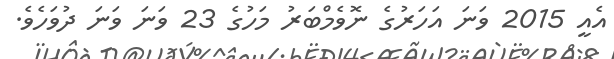
އެއީ 2015 ވަނަ އަހަރުގެ ނޮވެމްބަރު މަހުގެ 23 ވަނަ ވަނަ ދުވަހެވެ.